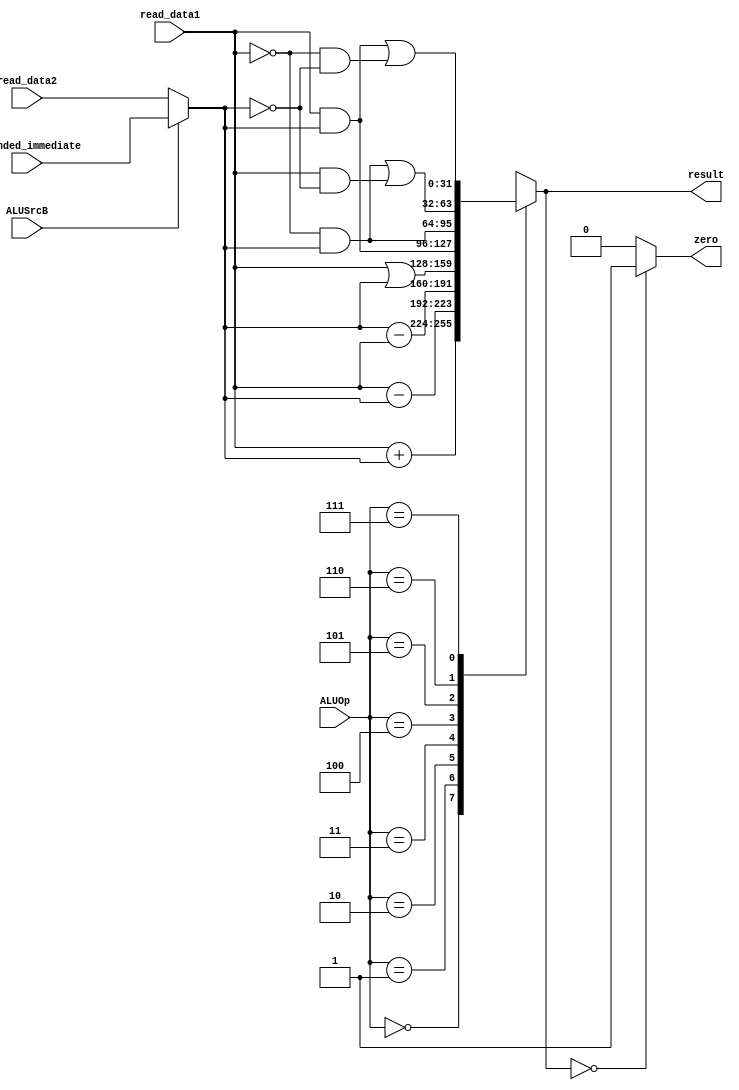
`timescale 1ns / 1ps

module ALU( 
    input [31:0] read_data1,
    input [31:0] read_data2,
    input [31:0] extended_immediate,
    input [2:0] ALUOp,
	 input ALUSrcB,
    output wire zero,
    output reg [31:0] result
    );

    wire [31:0] alub;

    assign alub = (ALUSrcB == 0) ? read_data2 : extended_immediate;

    always@( read_data1 or alub or ALUOp) begin
       $display("here");
        case (ALUOp)
            3'b000: result <= read_data1 + alub;
            3'b001: result <= read_data1 - alub;
            3'b010: result <= alub - read_data1;
            3'b011: result <= read_data1 | alub;
            3'b100: result <= read_data1 & alub;
            3'b101: result <= ~read_data1 & alub;
            3'b110: result <= (~read_data1 & alub) | (read_data1 & ~alub);
            3'b111: result <= (read_data1 & alub) | (~read_data1 & ~alub);
        endcase

        end
        assign zero = (result == 0) ? 1 : 0;

endmodule